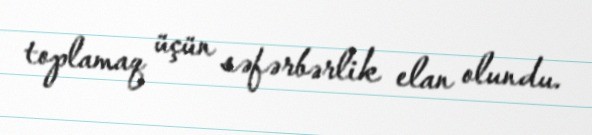
toplamaq üçün səfərbərlik elan olundu.